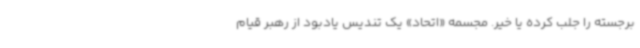
برجسته را جلب کرده یا خیر. مجسمه «اتحاد» یک تندیس یادبود از رهبر قیام